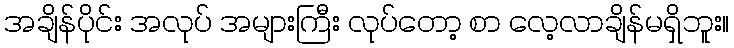
အချိန်ပိုင်း အလုပ် အများကြီး လုပ်တော့ စာ လေ့လာချိန်မရှိဘူး။